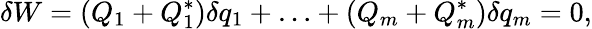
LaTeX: \delta W=(Q_{1}+Q_{1}^{*})\delta q_{1}+\ldots+(Q_{m}+Q_{m}^{*})\delta q_{m}=0,